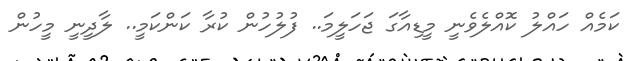
ކަމެއް ހައްލު ކޮއްލެވެނީ މީޑިއާގަ ޖަހަލީމަ.. ފުލުހުން ކުރާ ކަަންކަމީ.. ލާދީނީ މީހުން